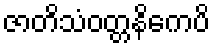
ဇာတိသံဝတ္တနိကေပိ